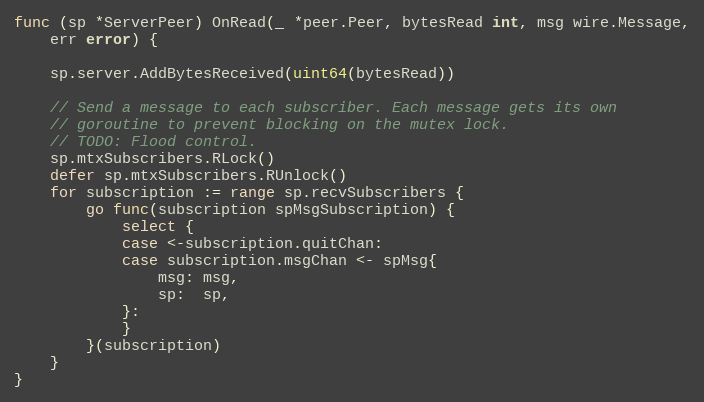
Language: Go
func (sp *ServerPeer) OnRead(_ *peer.Peer, bytesRead int, msg wire.Message,
	err error) {

	sp.server.AddBytesReceived(uint64(bytesRead))

	// Send a message to each subscriber. Each message gets its own
	// goroutine to prevent blocking on the mutex lock.
	// TODO: Flood control.
	sp.mtxSubscribers.RLock()
	defer sp.mtxSubscribers.RUnlock()
	for subscription := range sp.recvSubscribers {
		go func(subscription spMsgSubscription) {
			select {
			case <-subscription.quitChan:
			case subscription.msgChan <- spMsg{
				msg: msg,
				sp:  sp,
			}:
			}
		}(subscription)
	}
}